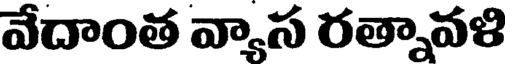
వేదాంత వ్యాస రత్నావళి